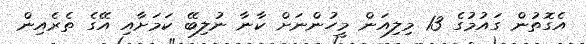
އެގޮތުން ގައުމުގެ 13 މިލިއަން މީހުންނަށް ކާނާ ނުލިބޭ ކަމަށާއި އޭގެ ތެރެއިން